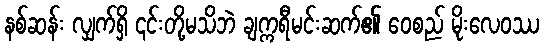
နစ်ဆန်း လျှက်ရှိ ၎င်းတို့မသိဘဲ ချက္ကရီမင်းဆက်၏ ဝေစည် မိုးလေဝဿ